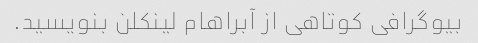
بیوگرافی کوتاهی از آبراهام لینکلن بنویسید.